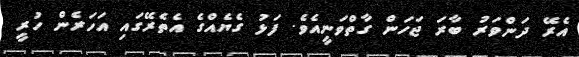
އެރޭ ދަންވަރު ބާރަ ޖަހަން ގާތްވަނީއެވެ. ފަޅު ގެޔެއްގެ އެތެރޭގައި އަހަރެން ހުރީ